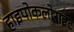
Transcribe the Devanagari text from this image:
हाइपोकलोराइट